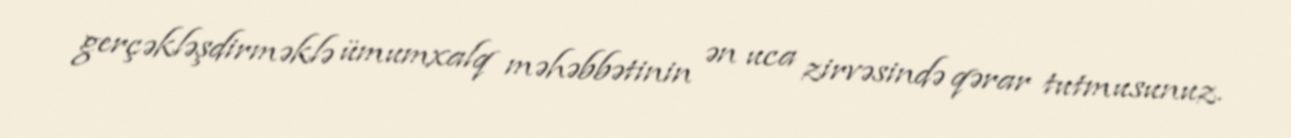
gerçəkləşdirməklə ümumxalq məhəbbətinin ən uca zirvəsində qərar tutmusunuz.